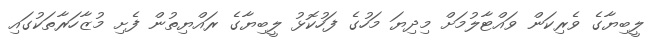
ލީބިޔާގެ ވެރިކަން ވައްޓާލުމަށް މިދިޔަ މަހުގެ ފަހުކޮޅު ލީބިޔާގެ ރައްޔިތުން ފެށި މުޒާހަރާތަކުގައި